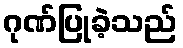
ဂုဏ်ပြုခဲ့သည်